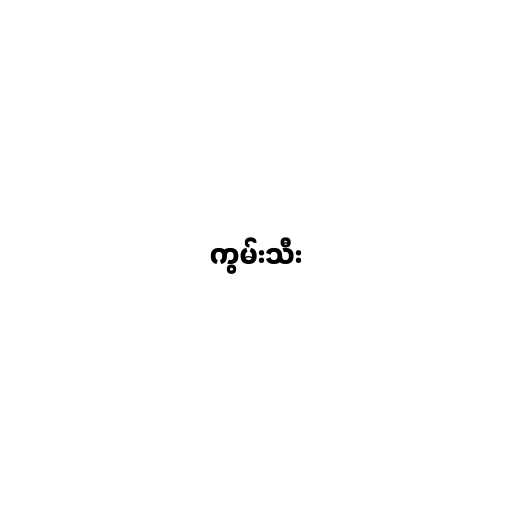
ကွမ်းသီး